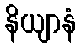
နိယျာနံ